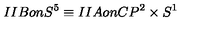
I I B o n S ^ { 5 } \equiv I I A o n C P ^ { 2 } \times S ^ { 1 }